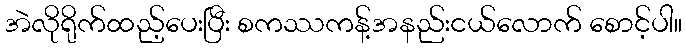
အဲလိုရိုက်ထည့်ပေးပြီး စကဿကန့်အနည်းငယ်လောက် စောင့်ပါ။